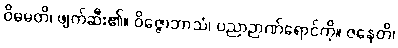
ဝိဓမတိ၊ ဖျက်ဆီး၏။ ဝိဇ္ဇောဘာသံ၊ ပညာဉာဏ်ရောင်ကို။ ဇနေတိ၊